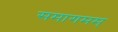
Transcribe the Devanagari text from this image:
समागमम्